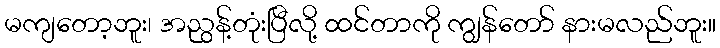
မကျတော့ဘူး၊ အညွန့်တုံးပြီလို့ ထင်တာကို ကျွန်တော် နားမလည်ဘူး။